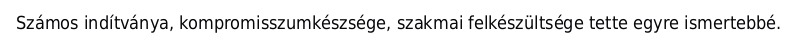
Számos indítványa, kompromisszumkészsége, szakmai felkészültsége tette egyre ismertebbé.